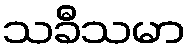
သခီသမာ